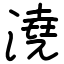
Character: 澆